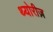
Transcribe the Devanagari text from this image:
थ्योरीज़